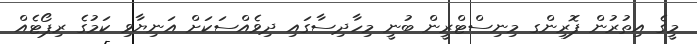
މީގެ އިތުރުން ފޮރިންގ މިނިސްޓްރީން ބުނީ މިހާދިސާގައި ދިވެއްސަކަށް އަނިޔާވި ކަމުގެ ރިޕޯޓެއް